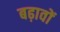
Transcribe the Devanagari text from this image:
बढ़ावों